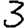
Digit: 3